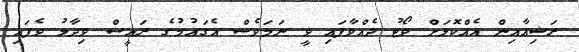
ރަޝިއާއިން އެއްކޮޅަށް ވޯޓު ދެއްވާފައި ވީ ނަމަވެސް އެގައުމުގެ ރައީސް ވިދާޅު ވެފައި